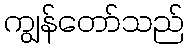
ကျွန်တော်သည်